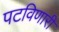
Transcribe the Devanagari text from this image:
पटविणारी